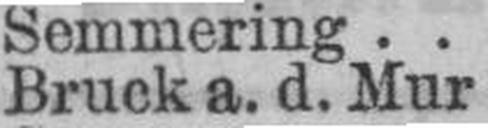
Bruck a. d. Mur